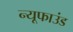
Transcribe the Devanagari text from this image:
न्यूफाउंड